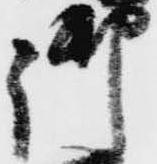
御